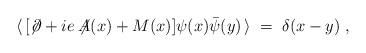
LaTeX: \begin{align*}\langle \, [\not\! \partial + i e \not \!\!A(x) + M(x)]\psi(x) {\bar\psi}(y) \, \rangle \;=\; \delta (x-y) \;,\end{align*}